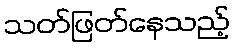
သတ်ဖြတ်နေသည့်